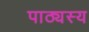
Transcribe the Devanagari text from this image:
पाठ्यस्य